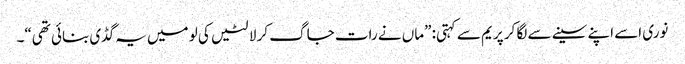
نوری اسے اپنے سینے سے لگا کر پریم سے کہتی: ”ماں نے رات جاگ کر لالٹیں کی لو میں یہ گڈی بنائی تھی“۔